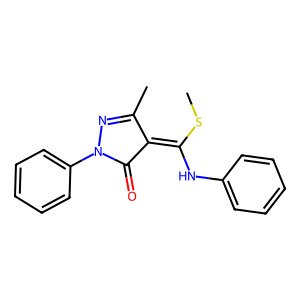
SMILES: CSC(Nc1ccccc1)=C1C(=O)N(c2ccccc2)N=C1C
Inhibits HIV replication: No